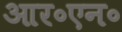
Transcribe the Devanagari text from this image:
आर॰एन॰